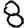
Digit: 8